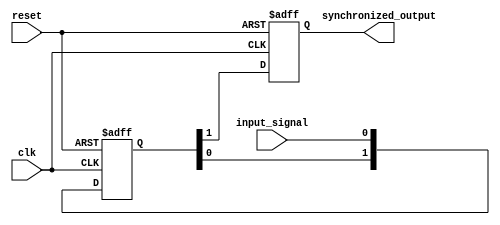
module two_flop_synchronizer (
    input wire clk,
    input wire reset,
    input wire input_signal,
    output reg synchronized_output
);

reg [1:0] synchronized_input;

always @(posedge clk or posedge reset) begin
    if (reset) begin
        synchronized_input <= 2'b0;
    end else begin
        synchronized_input <= {synchronized_input[0], input_signal};
    end
end

always @(posedge clk or posedge reset) begin
    if (reset) begin
        synchronized_output <= 1'b0;
    end else begin
        synchronized_output <= synchronized_input[1];
    end
end

endmodule